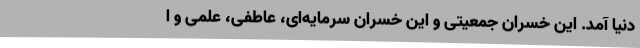
دنیا آمد. این خسران جمعیتی و این خسران سرمایه‌ای، عاطفی، علمی و ا